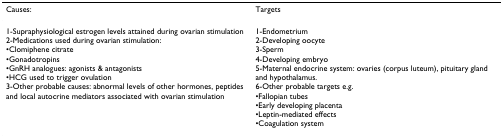
<table><thead><tr><td><b>Causes:</b></td><td><b>Targets</b></td></tr></thead><tbody><tr><td>1-Supraphysiological estrogen levels attained during ovarian stimulation2-Medications used during ovarian stimulation:•Clomiphene citrate•Gonadotropins•GnRH analogues: agonists &amp; antagonists•HCG used to trigger ovulation3-Other probable causes: abnormal levels of other hormones, peptides and local autocrine mediators associated with ovarian stimulation</td><td>1-Endometrium2-Developing oocyte3-Sperm4-Developing embryo5-Maternal endocrine system: ovaries (corpus luteum), pituitary gland and hypothalamus.6-Other probable targets e.g.•Fallopian tubes•Early developing placenta•Leptin-mediated effects•Coagulation system</td></tr></tbody></table>